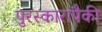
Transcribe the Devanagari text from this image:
पुरस्कारापैकी